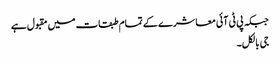
جبکہ پی ٹی آئی معاشرے کے تمام طبقات میں مقبول ہے
جی بالکل۔